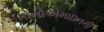
મોનોએમાઇનની